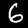
Digit: 6